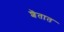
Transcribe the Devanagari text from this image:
शॆतात